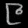
Digit: ၉